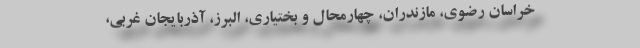
خراسان رضوی، مازندران، چهارمحال و بختیاری، البرز، آذربایجان غربی،